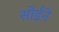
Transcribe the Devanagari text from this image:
सोईने